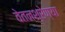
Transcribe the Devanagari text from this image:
वेतनश्रेण्या